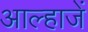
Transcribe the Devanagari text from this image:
आल्हाजें